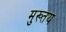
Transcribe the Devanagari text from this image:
मुख्तय